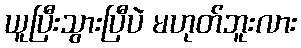
ယူပြီးသွားပြီပဲ မဟုတ်ဘူးလား